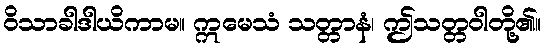
ဝိသာခါဒါယိကာမ။ ဣမေသံ သတ္တာနံ၊ ဤသတ္တဝါတို့၏။